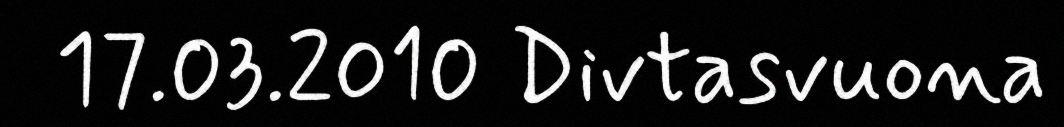
17.03.2010 Divtasvuona